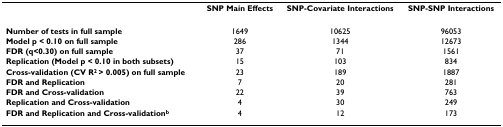
<table><thead><tr><td></td><td><b>SNP Main Effects</b></td><td><b>SNP-Covariate Interactions</b></td><td><b>SNP-SNP Interactions</b></td></tr></thead><tbody><tr><td><b>Number of tests in full sample</b></td><td>1649</td><td>10625</td><td>96053</td></tr><tr><td><b>Model p &lt; 0.10 on full sample</b></td><td>286</td><td>1344</td><td>12673</td></tr><tr><td><b>FDR (q&lt;0.30) on full sample</b></td><td>37</td><td>71</td><td>1561</td></tr><tr><td><b>Replication (Model p &lt; 0.10 in both subsets)</b></td><td>15</td><td>103</td><td>834</td></tr><tr><td><b>Cross-validation (CV R<sup>2 </sup>&gt; 0.005) on full sample</b></td><td>23</td><td>189</td><td>1887</td></tr><tr><td><b>FDR and Replication</b></td><td>7</td><td>20</td><td>281</td></tr><tr><td><b>FDR and Cross-validation</b></td><td>22</td><td>39</td><td>763</td></tr><tr><td><b>Replication and Cross-validation</b></td><td>4</td><td>30</td><td>249</td></tr><tr><td><b>FDR and Replication and Cross-validation<sup>b</sup></b></td><td>4</td><td>12</td><td>173</td></tr></tbody></table>